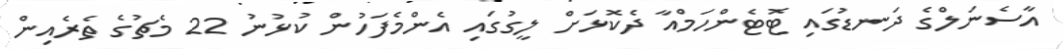
އާސެނަލްގެ ދަނޑުގައި ޓޮޓެންހަމްއާ ދެކޮޅަށް ލީގުގައި އެންމެފަހުން ކުޅުނު 22 މެޗުގެ ތެރެއިން